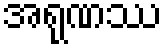
အရုဏဿ